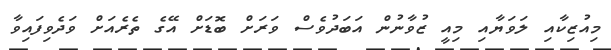
މިއުޒިކާއި ލަވަޔާއި މިއީ ޒުވާނުން އަބަދުވެސް ވަރަށް ބޮޑަށް އޭގެ ތެރެއަށް ވަދެވިފައިވާ